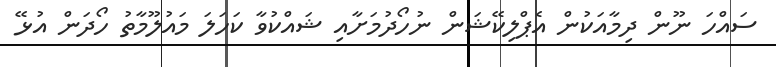
ސައްހަ ނޫން ދިމާއަކުން އެޕްލިކޭޝަން ނުހޯދުމަށާއި ޝައްކުވާ ކަހަލަ މައުލޫމާތު ހޯދަން އުޅޭ